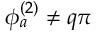
\phi _ { a } ^ { ( 2 ) } \neq q \pi